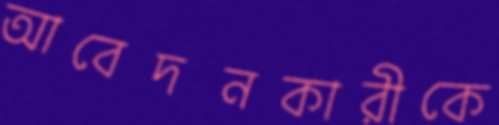
আবেদনকারীকে